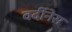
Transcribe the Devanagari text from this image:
वर्दीनेस